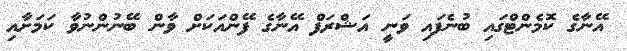
އޭނާގެ ކޮމެންޓްގައި ބުނެފައި ވަނީ އަޝްރަފް އޭނާގެ ފޭންއަކަށް ވާން ބޭނުންނުވާ ކަމަށާއި